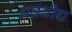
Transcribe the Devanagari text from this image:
अब्रवीच्च